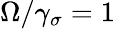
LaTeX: \Omega/\gamma_{\sigma}=1